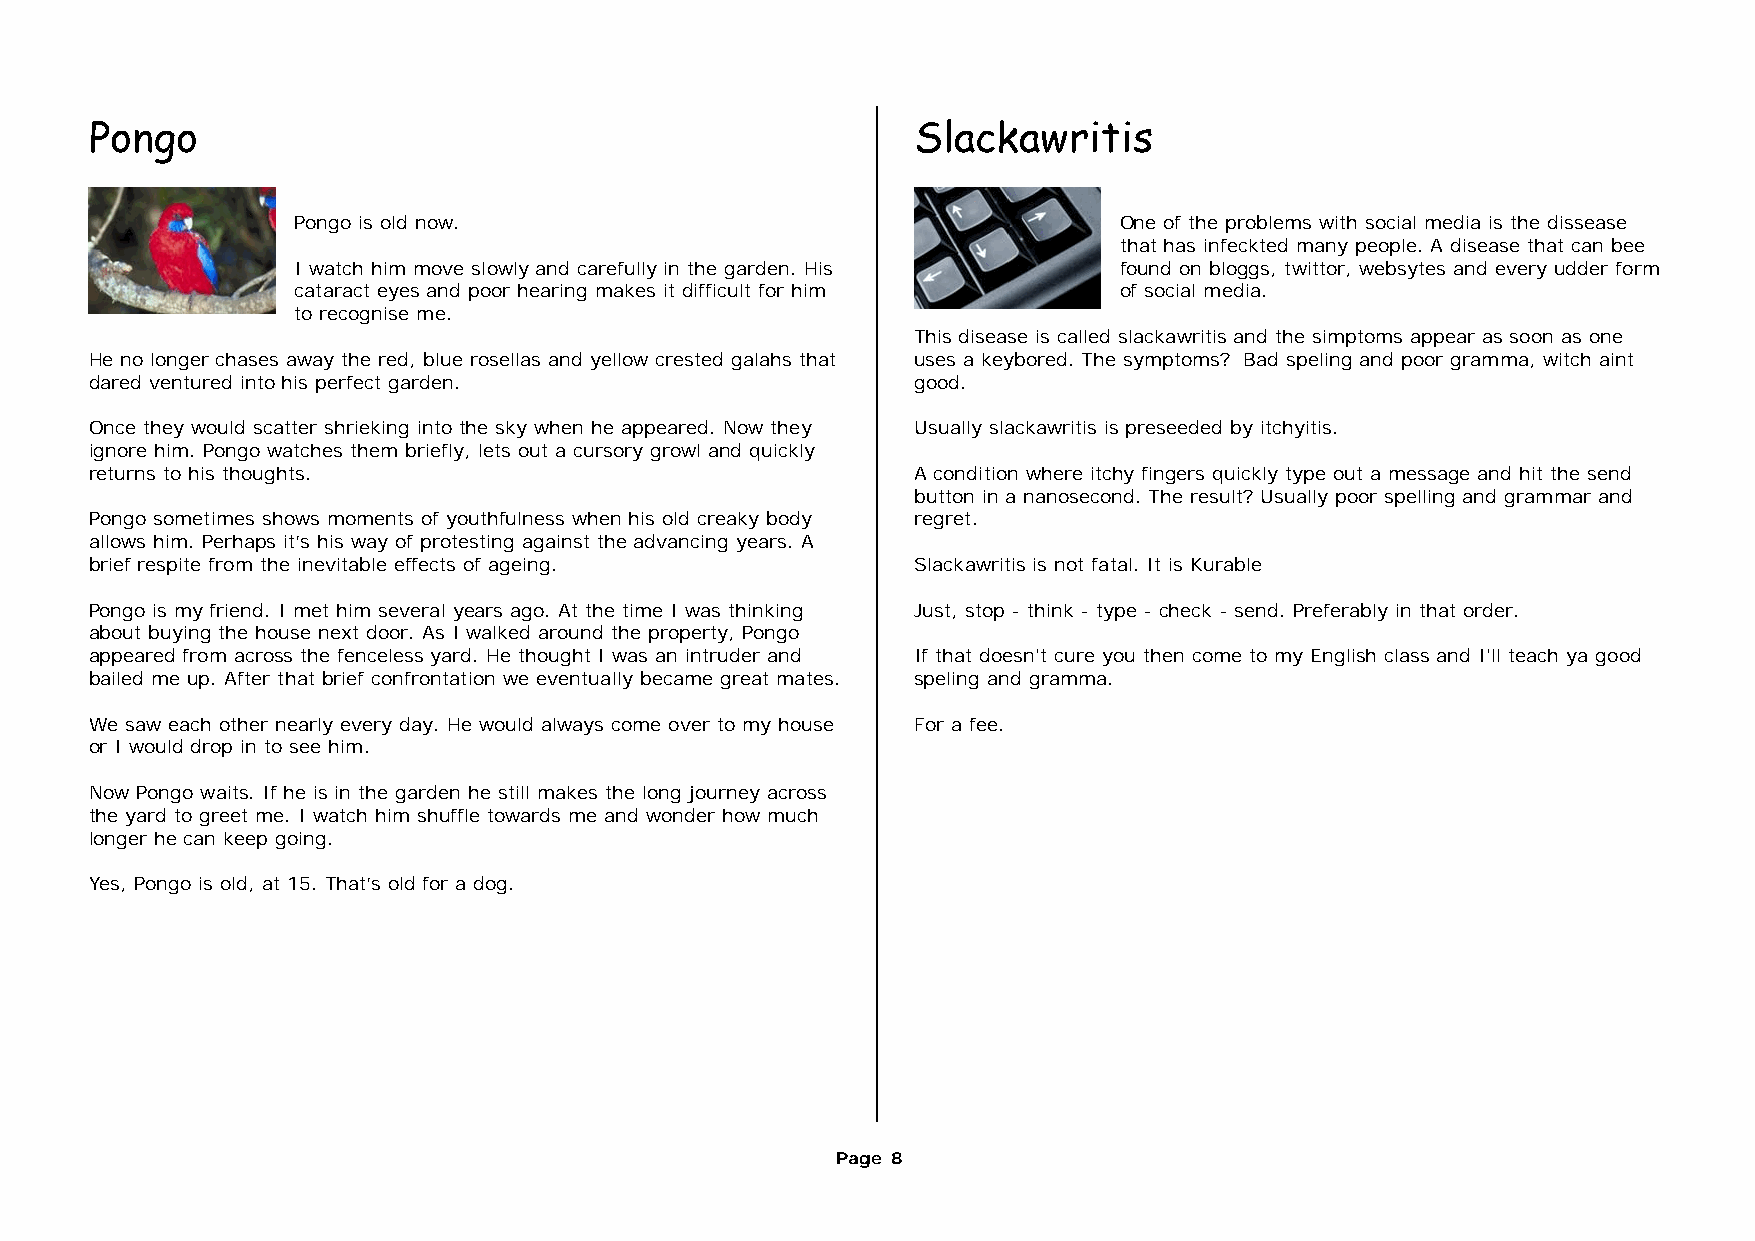
Pongo                                                  Slackawritis
 Pongo is old now.                                      One of the problems with social media is the dissease
 that has infeckted many people. A disease that can bee
 I watch him move slowly and carefully in the garden. His found on bloggs, twittor, websytes and every udder form
 cataract eyes and poor hearing makes it difficult for him of social media.
 to recognise me.
 This disease is called slackawritis and the simptoms appear as soon as one
 He no longer chases away the red, blue rosellas and yellow crested galahs that uses a keybored. The symptoms? Bad speling and poor gramma, witch aint
 dared ventured into his perfect garden.                good.
 Once they would scatter shrieking into the sky when he appeared. Now they Usually slackawritis is preseeded by itchyitis.
 ignore him. Pongo watches them briefly, lets out a cursory growl and quickly
 returns to his thoughts.                               A condition where itchy fingers quickly type out a message and hit the send
 button in a nanosecond. The result? Usually poor spelling and grammar and
 Pongo sometimes shows moments of youthfulness when his old creaky body regret.
 allows him. Perhaps it’s his way of protesting against the advancing years. A
 brief respite from the inevitable effects of ageing.   Slackawritis is not fatal. It is Kurable
 Pongo is my friend. I met him several years ago. At the time I was thinking Just, stop - think - type - check - send. Preferably in that order.
 about buying the house next door. As I walked around the property, Pongo
 appeared from across the fenceless yard. He thought I was an intruder and If that doesn't cure you then come to my English class and I'll teach ya good
 bailed me up. After that brief confrontation we eventually became great mates. speling and gramma.
 We saw each other nearly every day. He would always come over to my house For a fee.
 or I would drop in to see him.
 Now Pongo waits. If he is in the garden he still makes the long journey across
 the yard to greet me. I watch him shuffle towards me and wonder how much
 longer he can keep going.
 Yes, Pongo is old, at 15. That’s old for a dog.
 Page 8